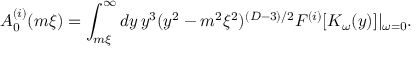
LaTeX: A _ { 0 } ^ { ( i ) } ( m \xi ) = \int _ { m \xi } ^ { \infty } d y \, y ^ { 3 } ( y ^ { 2 } - m ^ { 2 } \xi ^ { 2 } ) ^ { ( D - 3 ) / 2 } F ^ { ( i ) } [ K _ { \omega } ( y ) ] | _ { \omega = 0 } .